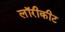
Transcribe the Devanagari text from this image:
लॉरीकीट